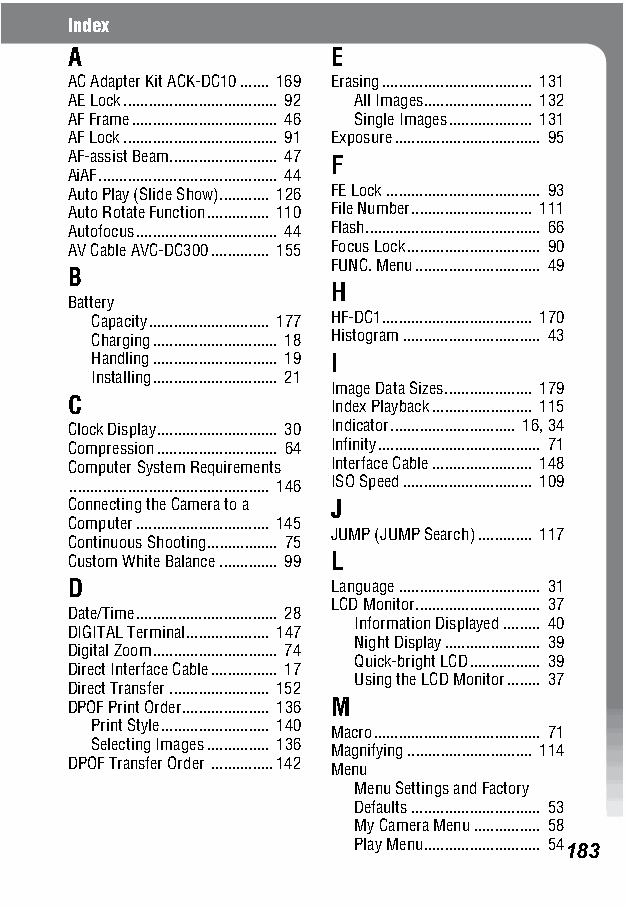
Index
 A                E
 AC Adapter Kit ACK-DC10....... 169 Erasing.................................... 131
 AE Lock..................................... 92 All Images.......................... 132
 AF Frame................................... 46 Single Images.................... 131
 AF Lock..................................... 91 Exposure................................... 95
 AF-assist Beam.......................... 47 F
 AiAF........................................... 44
 Auto Play (Slide Show)............ 126 FE Lock..................................... 93
 Auto Rotate Function............... 110 File Number............................. 111
 Autofocus.................................. 44 Flash.......................................... 66
 AV Cable AVC-DC300.............. 155 Focus Lock................................ 90
 FUNC. Menu.............................. 49
 B
 H
 Battery
 Capacity............................. 177 HF-DC1.................................... 170
 Charging.............................. 18 Histogram................................. 43
 Handling.............................. 19 I
 Installing.............................. 21
 Image Data Sizes..................... 179
 C                Index Playback........................ 115
 Clock Display............................. 30 Indicator.............................. 16, 34
 Compression............................. 64 Infinity....................................... 71
 Computer System Requirements Interface Cable........................ 148
 ................................................ 146 ISO Speed............................... 109
 Connecting the Camera to a J
 Computer................................ 145
 JUMP (JUMP Search)............. 117
 Continuous Shooting................. 75
 Custom White Balance.............. 99 L
 D                Language.................................. 31
 LCD Monitor.............................. 37
 Date/Time.................................. 28
 Information Displayed......... 40
 DIGITAL Terminal.................... 147
 Night Display....................... 39
 Digital Zoom.............................. 74
 Quick-bright LCD................. 39
 Direct Interface Cable................ 17
 Using the LCD Monitor........ 37
 Direct Transfer........................ 152
 DPOF Print Order..................... 136 M
 Print Style.......................... 140
 Macro........................................ 71
 Selecting Images............... 136
 Magnifying.............................. 114
 DPOF Transfer Order ...............142
 Menu
 Menu Settings and Factory
 Defaults............................... 53
 My Camera Menu................ 58
 Play Menu............................ 54183